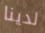
لدينا